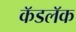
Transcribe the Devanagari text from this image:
कॅडलॅक